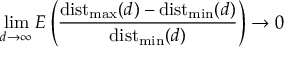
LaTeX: \operatorname* { l i m } _ { d \to \infty } E \left( { \frac { \operatorname { d i s t } _ { \operatorname* { m a x } } ( d ) - \operatorname { d i s t } _ { \operatorname* { m i n } } ( d ) } { \operatorname { d i s t } _ { \operatorname* { m i n } } ( d ) } } \right) \to 0